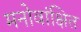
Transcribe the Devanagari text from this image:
मनोवांक्षित